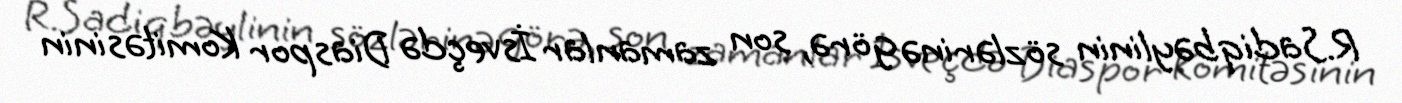
R.Sadiqbəylinin sözlərinə görə, son zamanlar İsveçdə Diaspor Komitəsinin